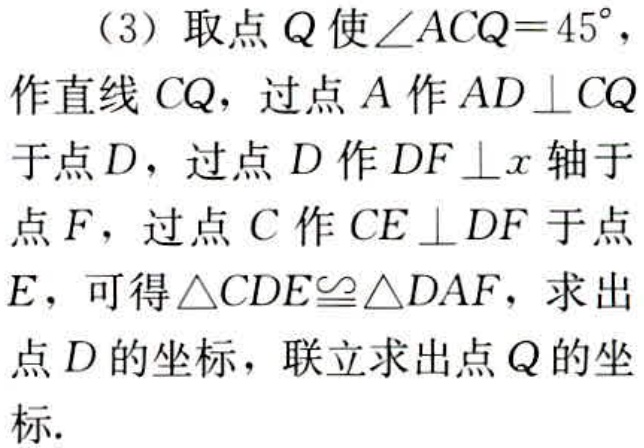
（3）取点\(Q\)使\(\angle ACQ = 45^{\circ}\)，作直线\(CQ\)，过点\(A\)作\(AD\perp CQ\)于点\(D\)，过点\(D\)作\(DF\perp x\)轴于点\(F\)，过点\(C\)作\(CE\perp DF\)于点\(E\)，可得\(\triangle CDE\cong\triangle DAF\)，求出点\(D\)的坐标，联立求出点\(Q\)的坐标.